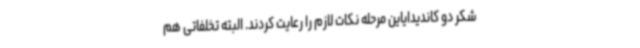
شکر دو کاندیدایاین مرحله نکات لازم را رعایت کردند. البته تخلفاتی هم